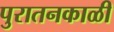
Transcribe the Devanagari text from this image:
पुरातनकाळी